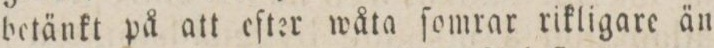
betänkt på att eſter wåta ſomrar rikligare än